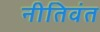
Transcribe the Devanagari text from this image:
नीतिवंत